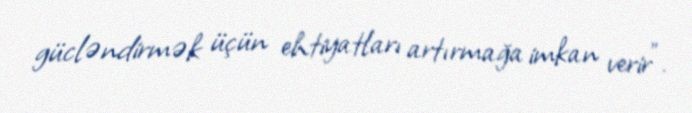
gücləndirmək üçün ehtiyatları artırmağa imkan verir".